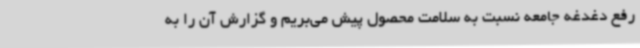
رفع دغدغه جامعه نسبت به سلامت محصول پیش می‌بریم و گزارش آن را به